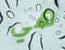
هي